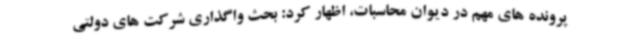
پرونده های مهم در دیوان محاسبات، اظهار کرد: بحث واگذاری شرکت های دولتی